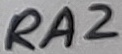
Text: RA2